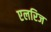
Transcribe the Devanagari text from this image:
एलरिज